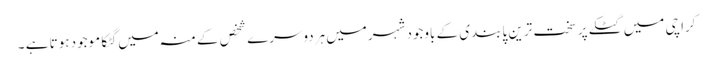
کراچی میں گٹکے پر سخت ترین پابندی کے باوجود شہرمیں ہردوسرے شخص کے منہ میں گٹکا موجود ہوتا ہے ۔